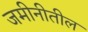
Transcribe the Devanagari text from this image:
जमीनीतील